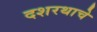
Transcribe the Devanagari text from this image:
दशरथाचे